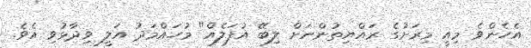
އެހެންވެ މިއީ މިރަށުގެ ރައްޔިތުންނަށް ލިބޭ އުފަލެއް" މުހައްމަދު އަލީ ވިދާޅުވި އެވެ.